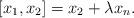
LaTeX: \begin{align*} [x_1, x_2] = x_2+ \lambda x_n . \end{align*}